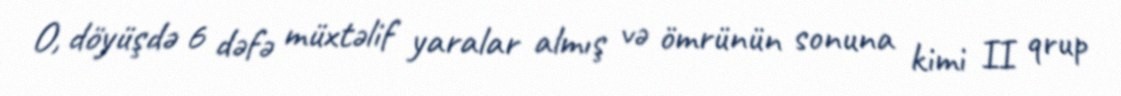
O, döyüşdə 6 dəfə müxtəlif yaralar almış və ömrünün sonuna kimi II qrup